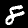
Digit: 8